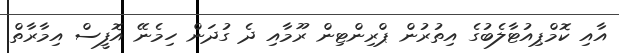
އާއި ކޮމްޕިއުޓާލެބުގެ އިތުރުން ޕްރިންޓިން ރޫމާއި ދެ ގުދަން ހިމެނޭ އޮފީސް އިމާރާތް